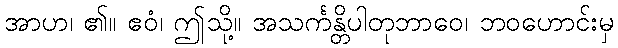
အာဟ၊ ၏။ ဧဝံ၊ ဤသို့။ အသင်္ကန္တိပါတုဘာဝေ၊ ဘဝဟောင်းမှ